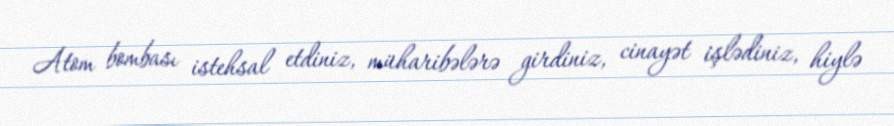
Atom bombası istehsal etdiniz, müharibələrə girdiniz, cinayət işlədiniz, hiylə